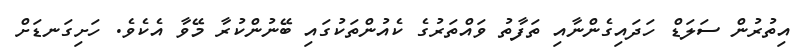
އިތުރުން ސަލަޑް ހަދައިގެންނާއި ތަފާތު ވައްތަރުގެ ކެއުންތަކުގައި ބޭނުންކުރާ މޭވާ އެކެވެ. ހަށިގަނޑަށް